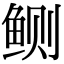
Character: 鲗